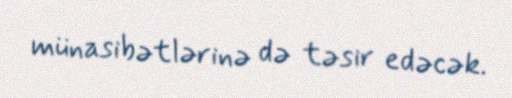
münasibətlərinə də təsir edəcək.